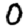
Digit: 0